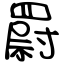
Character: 罻